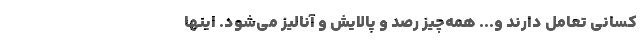
کسانی تعامل دارند و... همه‌چیز رصد و پالایش و آنالیز می‌شود. اینها